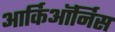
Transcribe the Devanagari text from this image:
आर्किऑर्निस